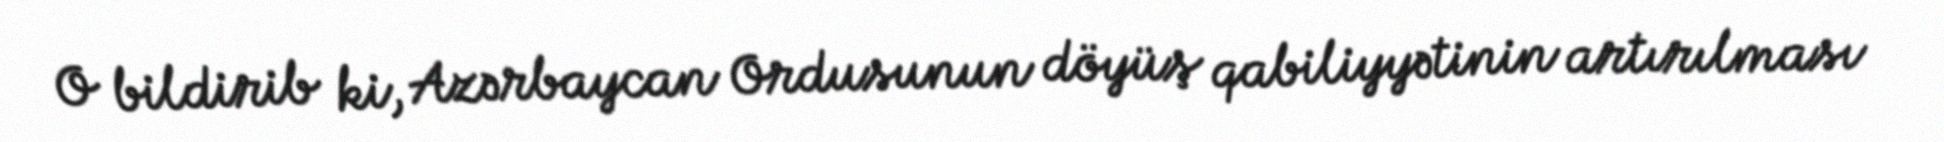
O bildirib ki, Azərbaycan Ordusunun döyüş qabiliyyətinin artırılması